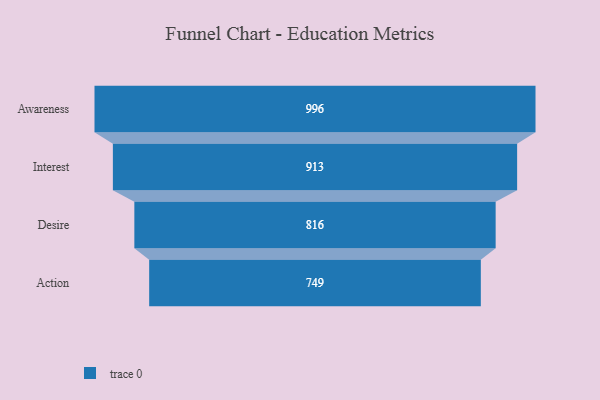
{"axis": {"x": "Stage", "y": "Value"}, "legend": [""], "data": [{"x": "Awareness", "y": 996.0, "type": ""}, {"x": "Interest", "y": 913.0, "type": ""}, {"x": "Desire", "y": 816.0, "type": ""}, {"x": "Action", "y": 749.0, "type": ""}]}